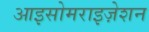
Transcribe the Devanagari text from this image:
आइसोमराइज़ेशन